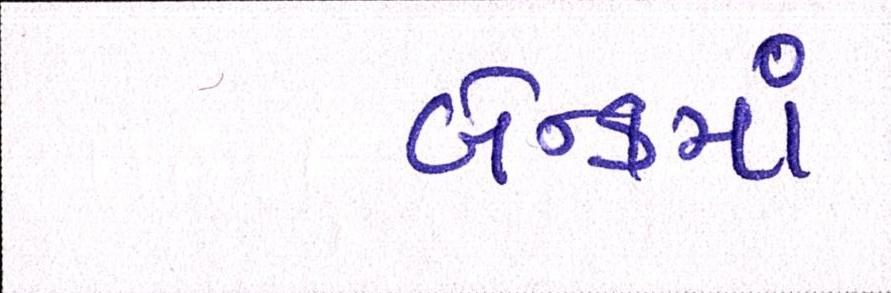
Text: બેન્કમાં